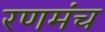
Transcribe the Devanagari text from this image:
रणमंच